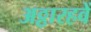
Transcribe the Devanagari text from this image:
अठ्ठारहवें